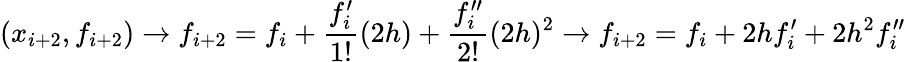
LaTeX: (x_{i+2},f_{i+2})\rightarrow f_{i+2}=f_{i}+\frac{f_{i}^{\prime}}{1!}(2h)+\frac{f_{i}^{\prime\prime}}{2!}(2h)^{2}\rightarrow f_{i+2}=f_{i}+2hf_{i}^{\prime}+2h^{2}f_{i}^{\prime\prime}